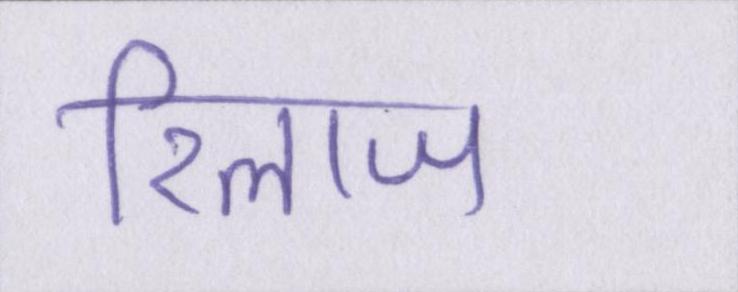
रिलाज